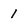
Character: 1